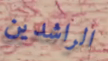
الراشدين